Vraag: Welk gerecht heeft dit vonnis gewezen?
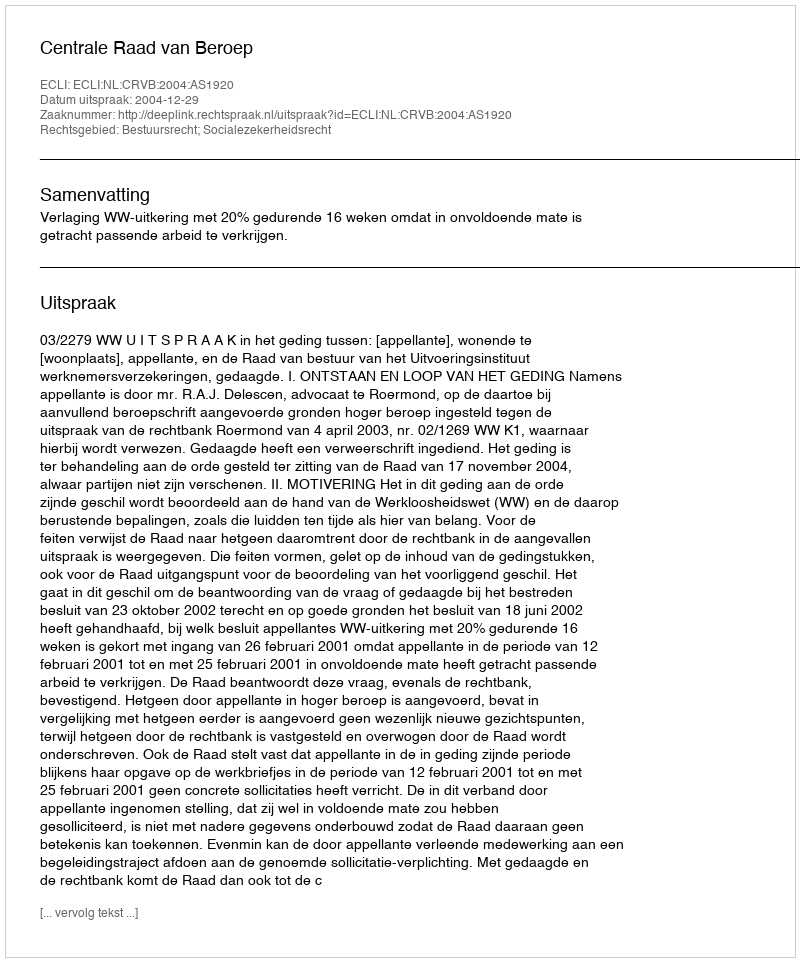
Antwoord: Centrale Raad van Beroep